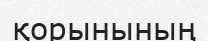
қорынының